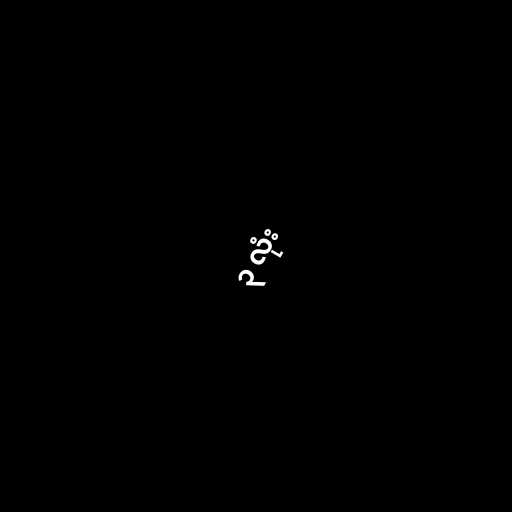
၃ လုံး